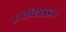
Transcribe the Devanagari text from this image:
ट्रायॉक्साइडचा